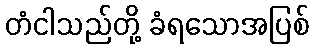
တံငါသည်တို့ ခံရသောအပြစ်